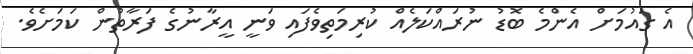
އެ ގައުމަށް އެންމެ ބޮޑު ނުރައްކަލެއް ކުރިމަތިވެފައި ވަނީ އީރާނުގެ ފަރާތުން ކަމަށެވެ.